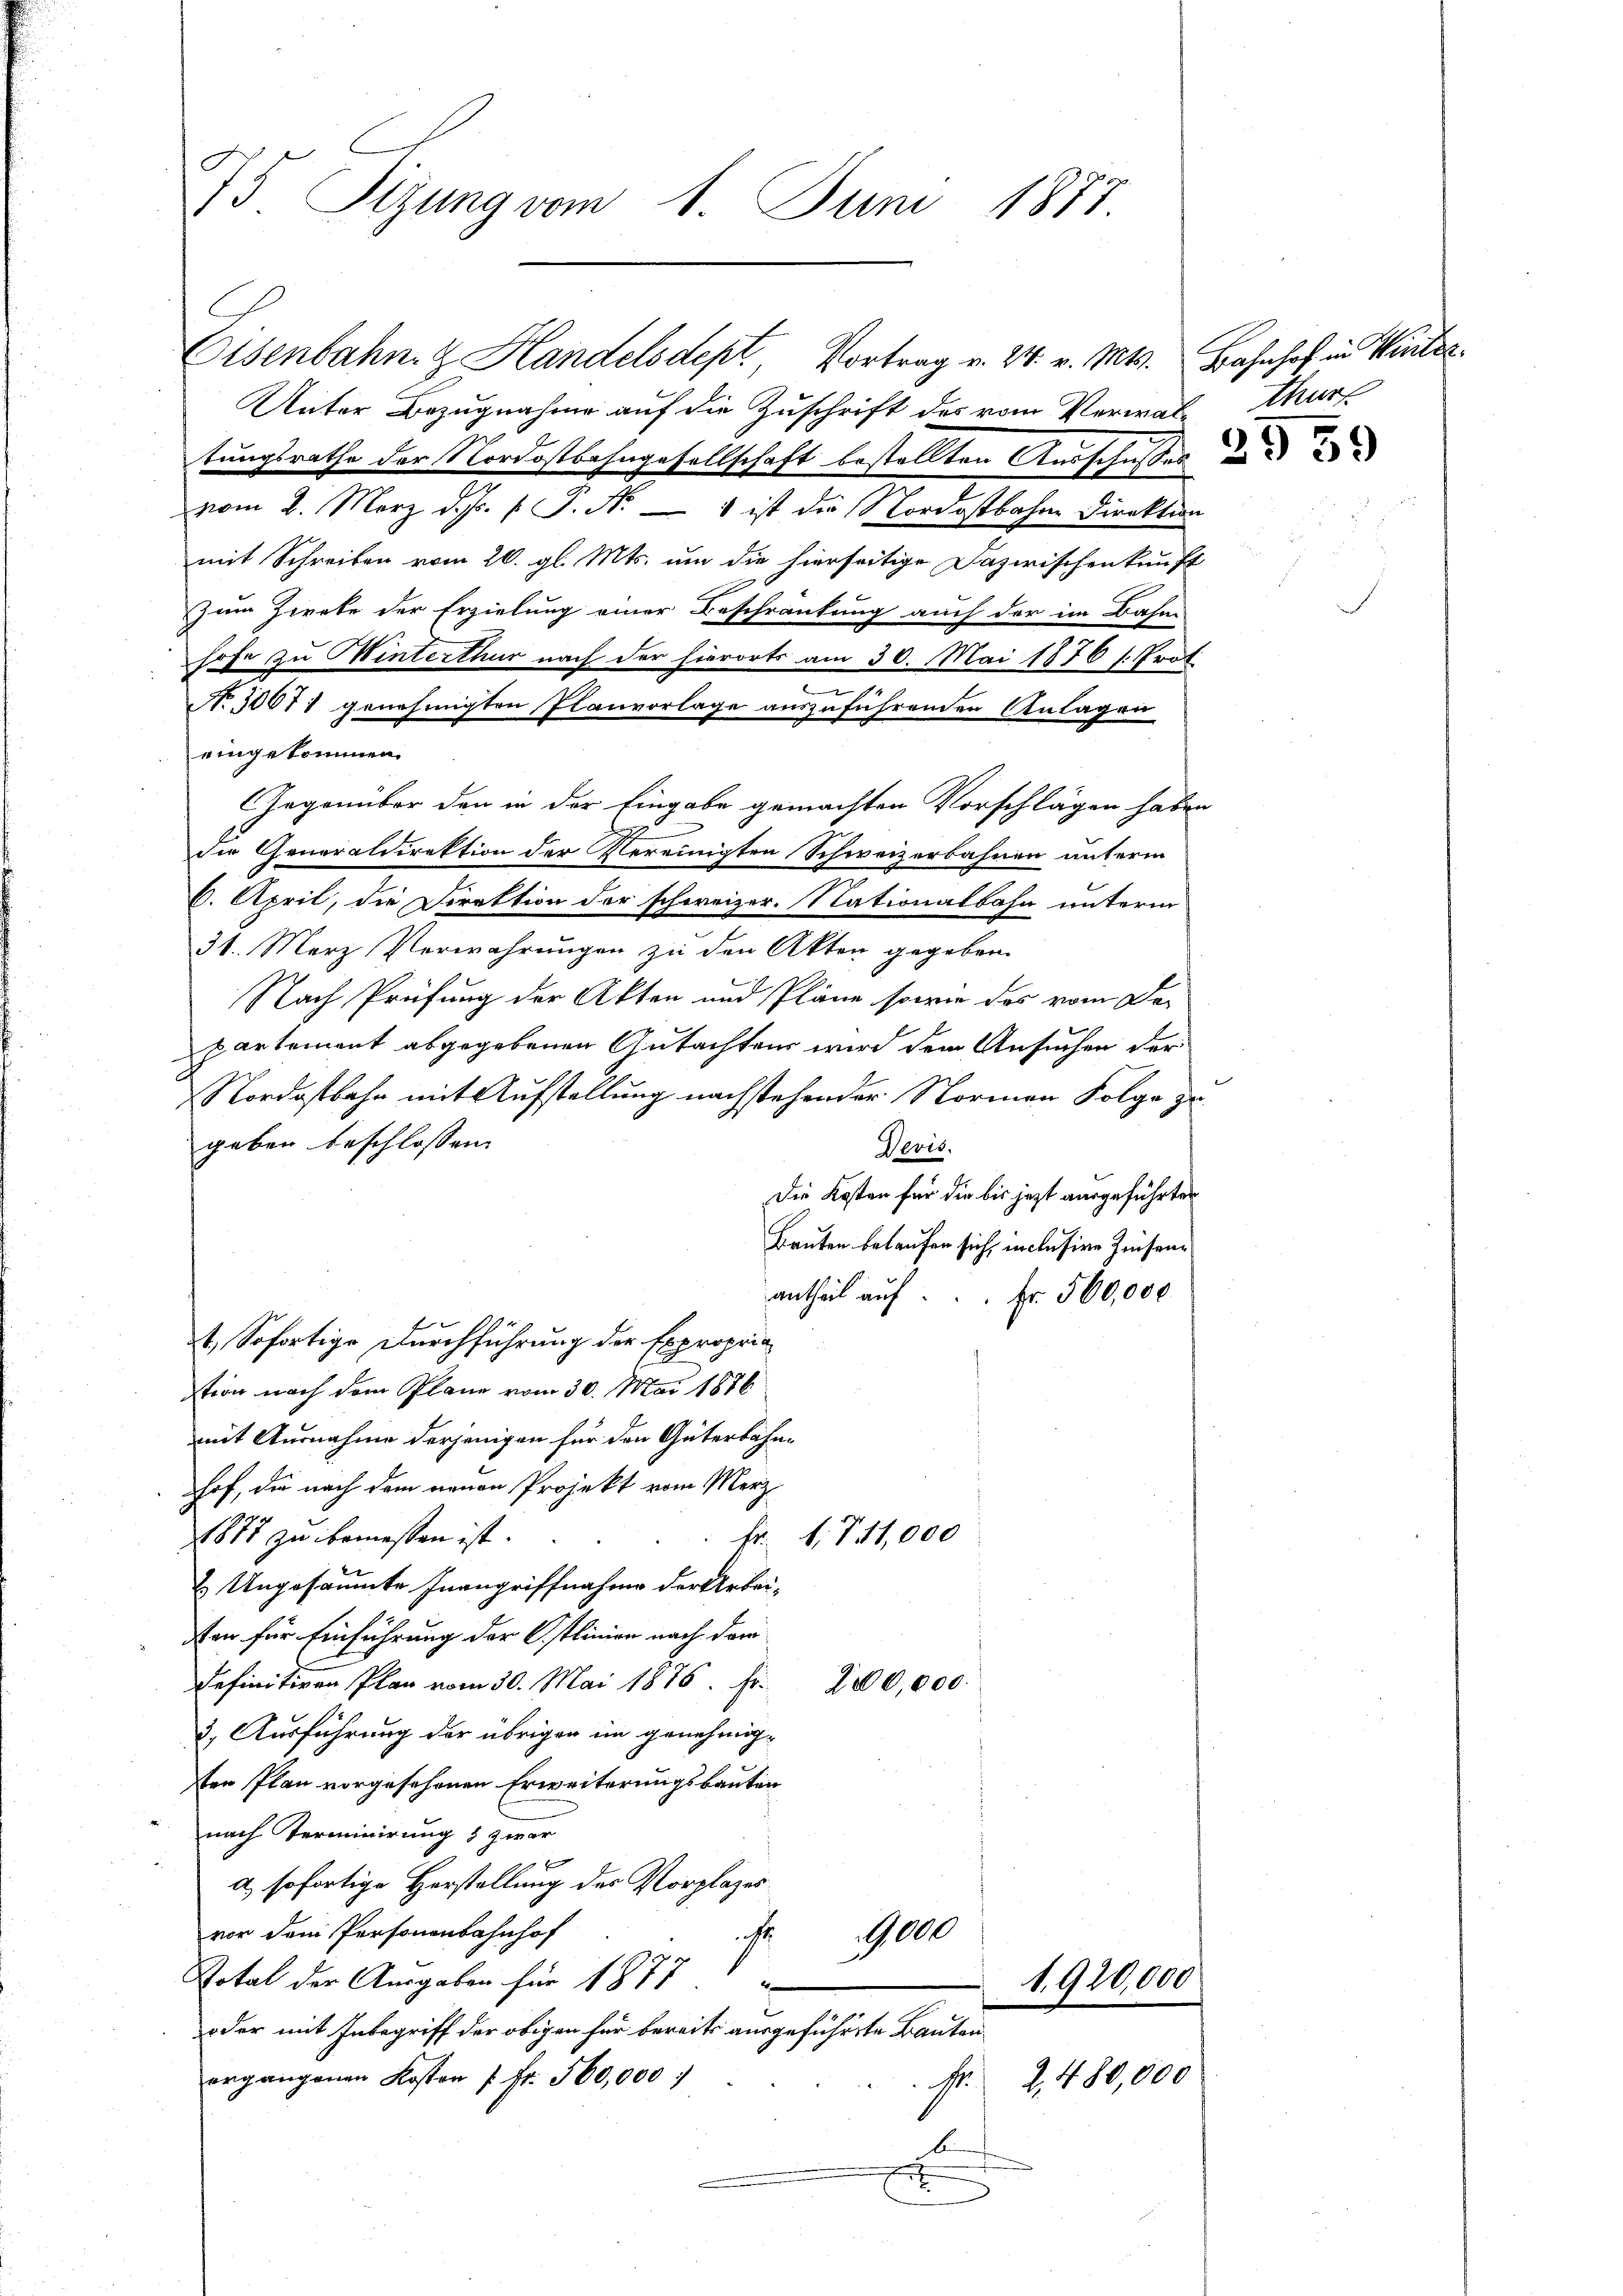
75 Sizung vom 1. Juni 1877.

Unter Bezugnahme auf die Zuschrift des vom Verwalturf
tungsrathe der Nordostbahngesellschaft bestellten Ausschusses und und
vom 8. März d. Js. p. P. Nr. 1 ist die Nordostbahne Direktion
mit Schreiben vom 26. gl. Mts. um die hierseitige Dazwischenkunft
Zum Zwete der Erzielung einer Beschränkung auch der im Bahne
hofe zu Winterthur nach der hierorts am 30. Mai 1876 s. Prof.
e
No 10071 genehmigten Planvorlage auszuführenden Anlagen
eingekommen.
Gegenüber den in der Eingabe gemachten Vorschlägen haben
die Generaldirektion der Vereinigten Schweizerbahnen unterm
6. April, die Direktion der schweizer. Nationalbahn unterm
31. Merz Vorwahrungen zu den Akten gegeben.
Nach Prüfung der Akten und Pläne sowie das vom De-
partement abgegebenen Gutachtens wird dem Ansuchen der
Nordostbahn mit Aufstellung nachstehender Normen Folge zu
geben beschlossen:
Devis.
Die Kosten für die bis jetzt ausgeführten
Bauten belaufen sich, inclusive Zinsenantheil auf
Fr. 500,000
1. Sofortige Durchführung der Expropria
stion nach dem Plane vom 30. Mai 1876
mit Ausnahme derjenigen für den Güterbahnhof, die nach dem neuen Projekt vom Merz
1877 zu bemessen ist.
Fr. 1. 711,000
2. Ungesäumte Inangriffnahme der Arbei-
sten für Einführung der Ostlinien nach dem
Definitiven Plan vom 30. Mai 1875. Fr. 200,000.
3. Ausführung der übrigen im genehmig-
ten Plan vorgesehenen Erweiterungsbauten
nach Terminirung & zwar
f
a) sofortige Herstellung des Vorplages
vor dem Personenbahnhof
9,000
Votal der Ausgaben für 1877
1920,000
oder mit Inbegriff der obigen für bereits ausgeführte Bautenergangenen Kosten 7 fr. 500,000
2,480,000
s
E

Eisenbahn & Handelsdept, Vortrag v. 24. v. Mts. Bahnhof in Winter¬